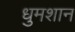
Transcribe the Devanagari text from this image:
धुमशान